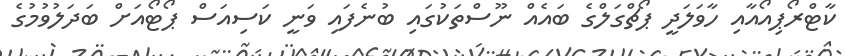
ކާޓްރޯޕިއޯއާއި ހާވަލަދީ ޕޯޗްގަލްގެ ބައެއް ނޫސްތަކުގައި ބުނެފައި ވަނީ ކަސިއަސް ޕޯޓޯއަށް ބަދަލުވުމުގެ